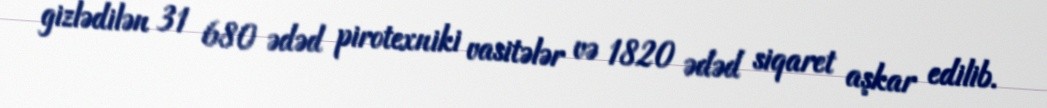
gizlədilən 31 680 ədəd pirotexniki vasitələr və 1820 ədəd siqaret aşkar edilib.